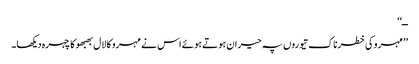
ــ‘‘
’’مہرو کی خطرناک تیوروں پہ حیران ہوتے ہوئے اس نے مہرو کا لال بھبھو کا چہرہ دیکھا۔